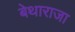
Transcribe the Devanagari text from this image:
बेथाराजा